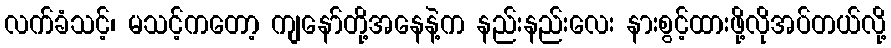
လက်ခံသင့်၊ မသင့်ကတော့ ကျနော်တို့အနေနဲ့က နည်းနည်းလေး နားစွင့်ထားဖို့လိုအပ်တယ်လို့